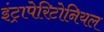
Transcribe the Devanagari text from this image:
इंट्रापेरिटोनियल